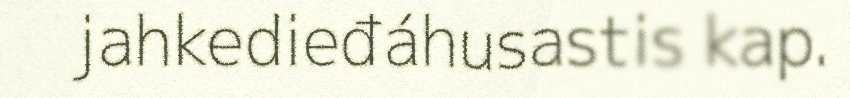
jahkedieđáhusastis kap.